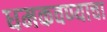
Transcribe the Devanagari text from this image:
धमकवण्याचा